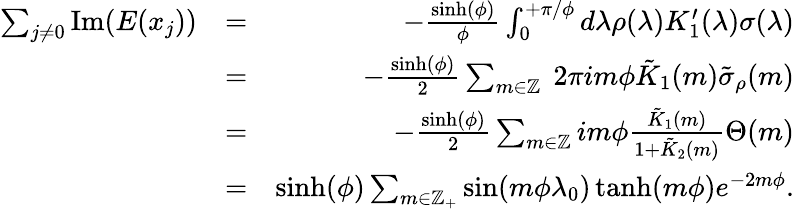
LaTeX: \begin{array}{rlr}{\sum_{j\neq 0}\mathrm{Im}(E(x_{j}))}&{=}&{-\frac{\sinh(\phi)}{\phi}\int_{0}^{+\pi/\phi}d\lambda\rho(\lambda)K_{1}^{\prime}(\lambda)\sigma(\lambda)}\\ &{=}&{-\frac{\sinh(\phi)}{2}\sum_{m\in\mathbb{Z}}\ 2\pi im\phi\tilde{K}_{1}(m)\tilde{\sigma}_{\rho}(m)}\\ &{=}&{-\frac{\sinh(\phi)}{2}\sum_{m\in\mathbb{Z}}im\phi\frac{\tilde{K}_{1}(m)}{1+\tilde{K}_{2}(m)}\Theta(m)}\\ &{=}&{\sinh(\phi)\sum_{m\in\mathbb{Z}_{+}}\sin(m\phi\lambda_{0})\operatorname{tanh}(m\phi)e^{-2m\phi}.}\end{array}